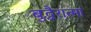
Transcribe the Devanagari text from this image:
बुद्धैरात्मा